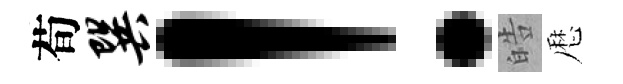
荀巽！皓厯